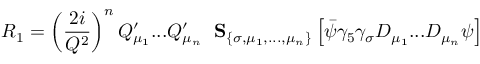
R _ { 1 } = \left( \frac { 2 i } { Q ^ { 2 } } \right) ^ { n } Q _ { \mu _ { 1 } } ^ { \prime } . . . Q _ { \mu _ { n } } ^ { \prime } \; \mathrm { \bf ~ S } _ { \{ \sigma , \mu _ { 1 } , . . . , \mu _ { n } \} } \left[ \bar { \psi } \gamma _ { 5 } \gamma _ { \sigma } D _ { \mu _ { 1 } } . . . D _ { \mu _ { n } } \psi \right]